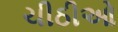
ચીઠીઓ